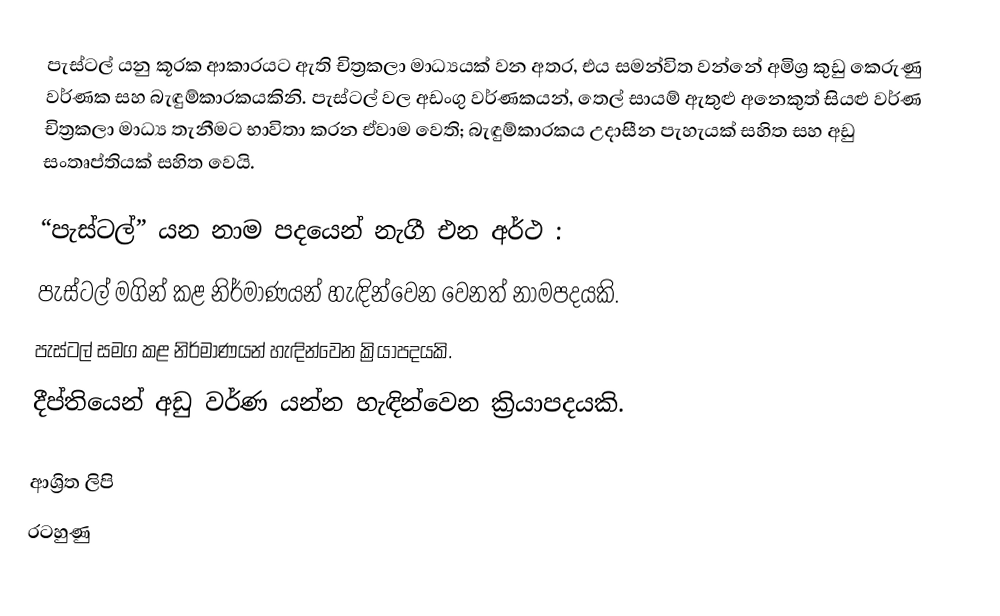
පැස්ටල් යනු කූරක ආකාරයට ඇති චිත්‍රකලා මාධ්‍යයක් වන අතර, එය සමන්විත වන්නේ අමිශ්‍ර කුඩු කෙරුණු වර්ණක සහ බැඳුම්කාරකයකිනි. පැස්ටල් වල අඩංගු වර්ණකයන්, තෙල් සායම් ඇතුළු අනෙකුත් සියළු වර්ණ චිත්‍රකලා මාධ්‍ය තැනීමට භාවිතා කරන ඒවාම වෙති; බැඳුම්කාරකය උදාසීන පැහැයක් සහිත සහ අඩු  සංතෘප්තියක් සහිත වෙයි.

“පැස්ටල්” යන නාම පදයෙන් නැගී එන අර්ථ :
පැස්ටල් මගින් කළ නිර්මාණයන් හැඳින්වෙන වෙනත් නාමපදයකි.
පැස්ටල් සමග කළ නිර්මාණයන් හැඳින්වෙන ක්‍රියාපදයකි.
දීප්තියෙන් අඩු වර්ණ යන්න හැඳින්වෙන ක්‍රියාපදයකි.

ආශ්‍රිත ලිපි
 රටහුණු